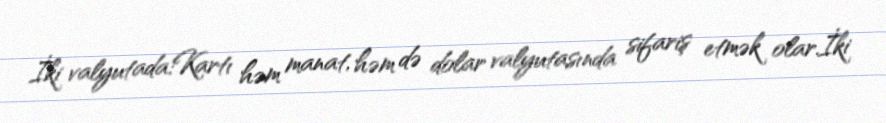
İki valyutada:Kartı həm manat, həm də dolar valyutasında sifariş etmək olar.İki